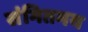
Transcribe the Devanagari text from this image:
संगितमय